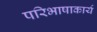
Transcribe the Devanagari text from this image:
परिभाषाकार्य